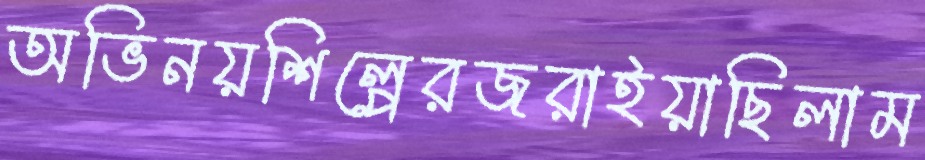
অভিনয়শিল্পেরজরাইয়াছিলাম